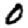
Digit: 0